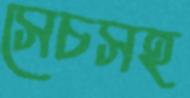
সেচসহ